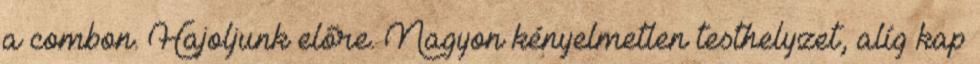
a combon. Hajoljunk előre. Nagyon kényelmetlen testhelyzet, alíg kap